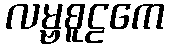
လမ္ဗစူဠကေ